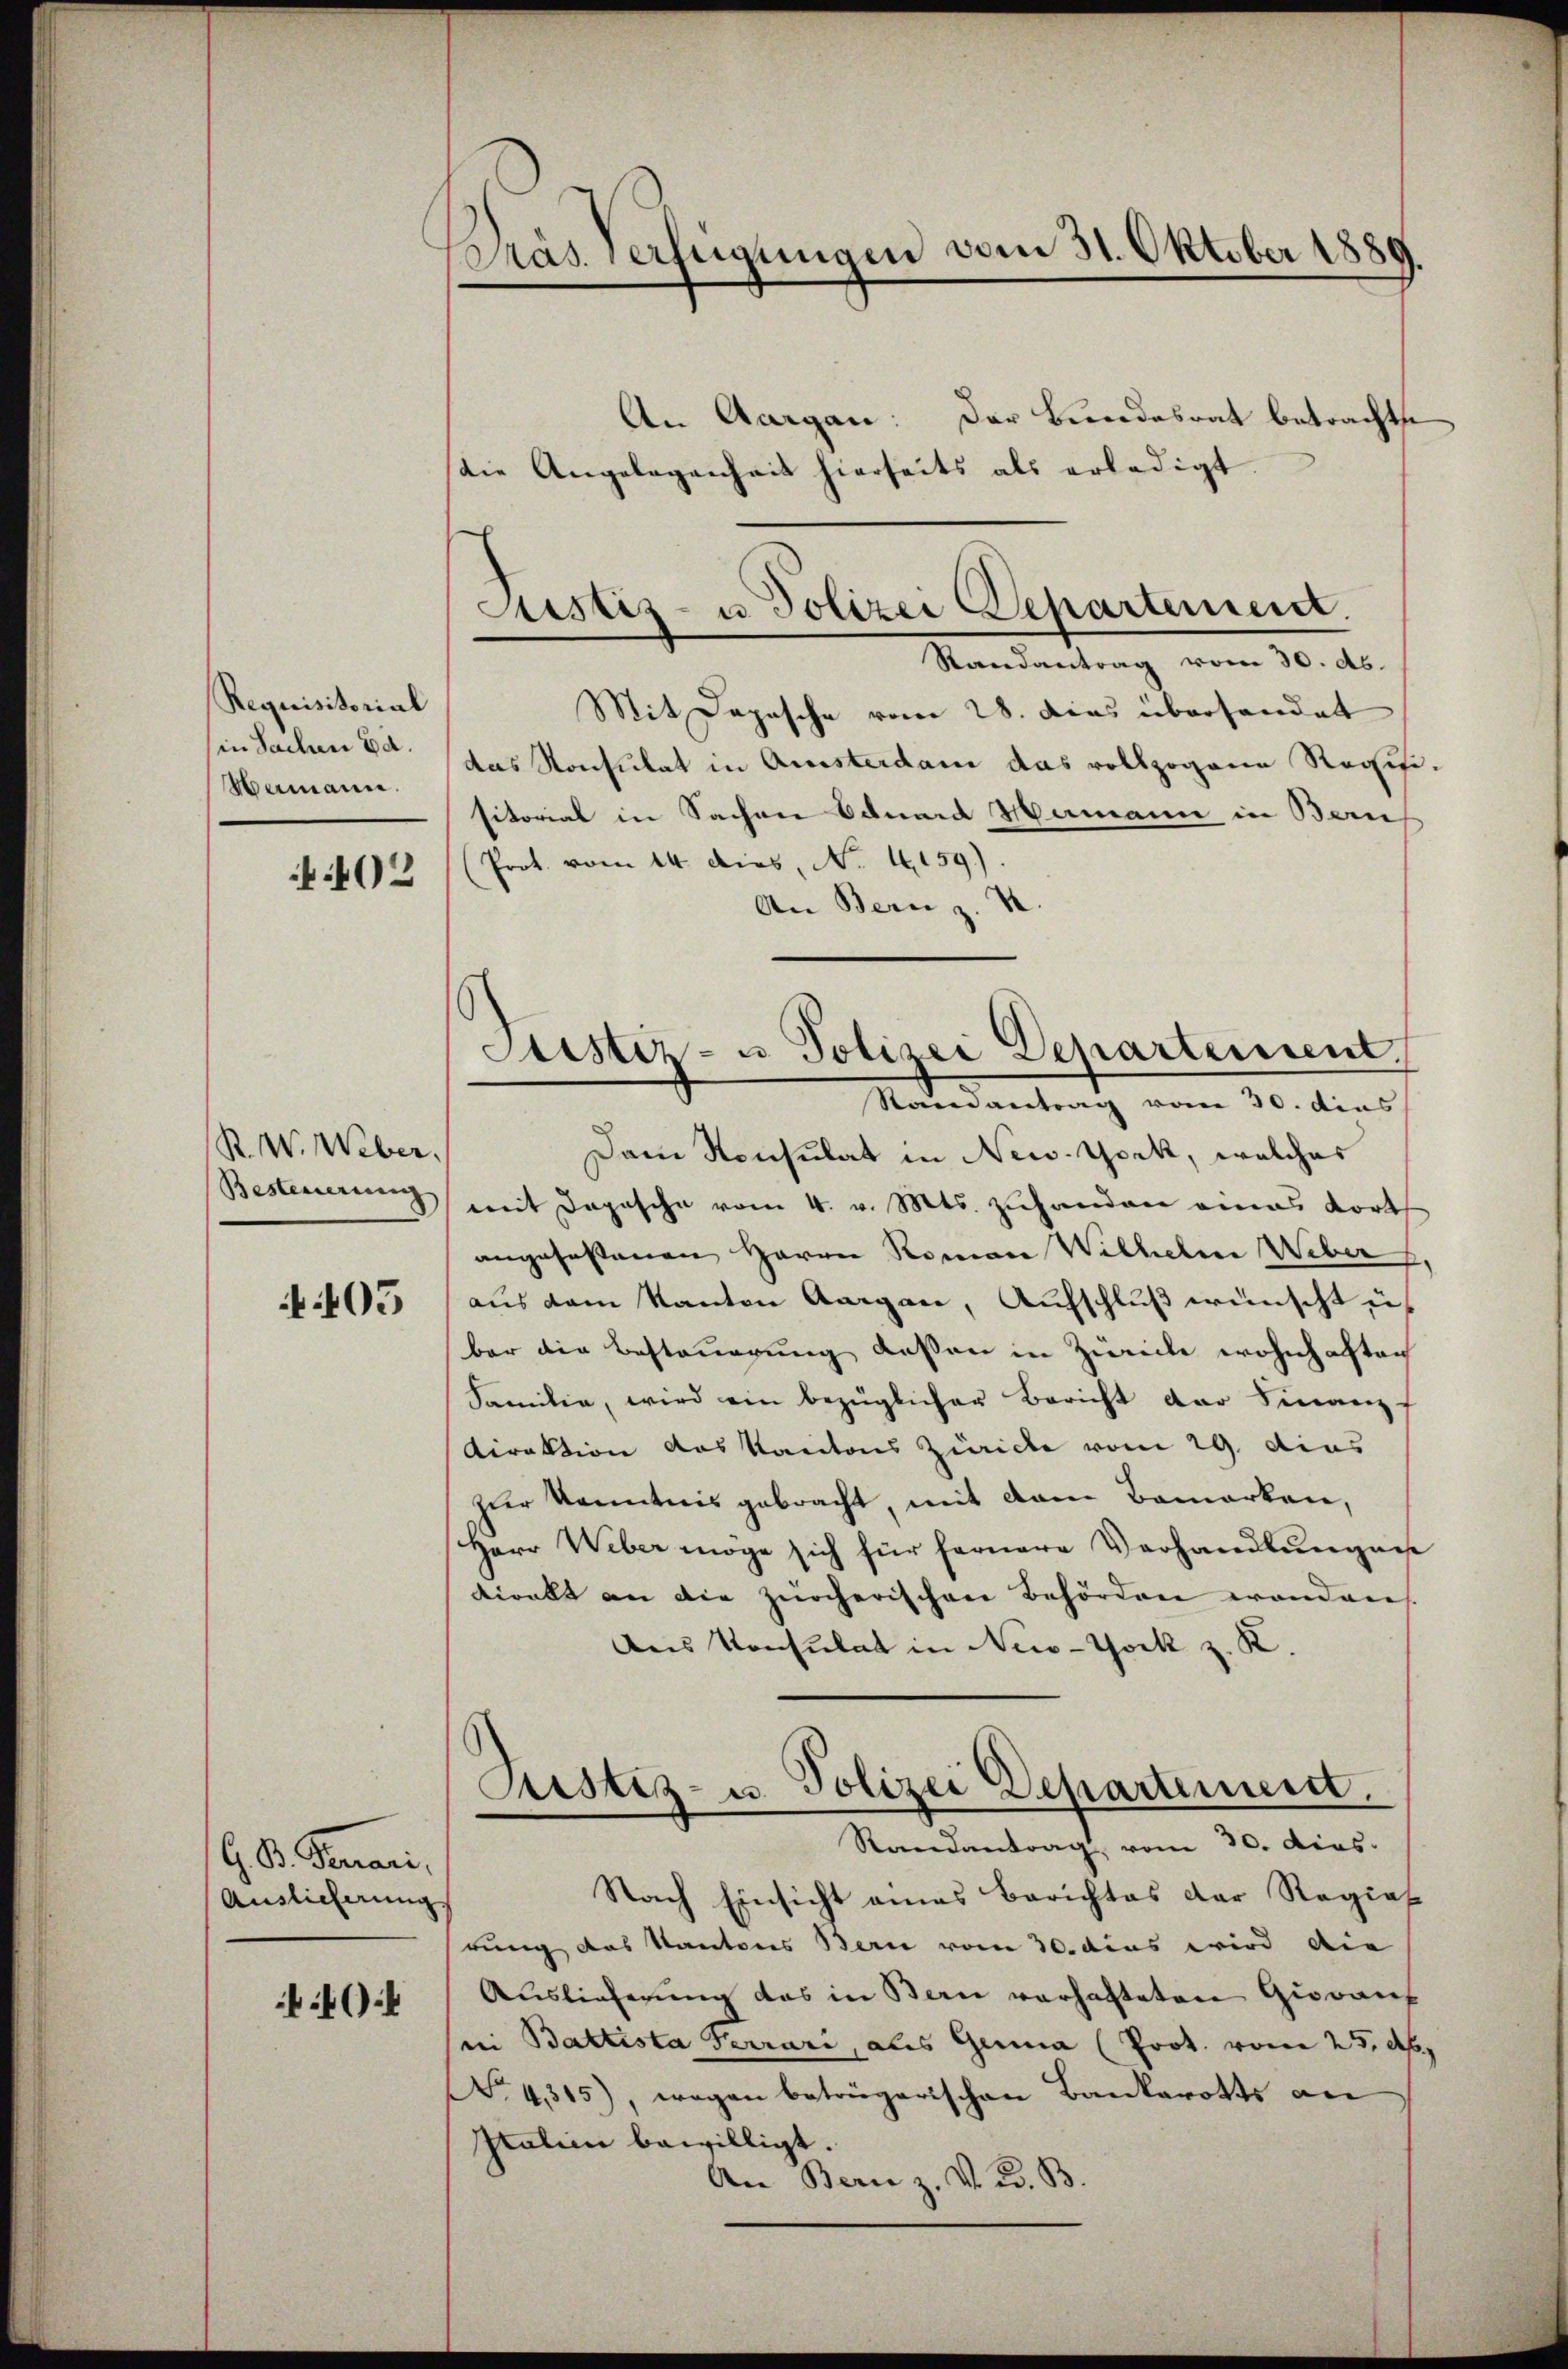
Requisitorial
in Sachen Ed.
Mamann.
402

R. W. Weber,
Besteuerung

N 605

G. B. Gemari,
Auslieferung

4

Pas verfügungen vom 31. Oktober 1889.

Mit Depesche vom 28. dies überhandet
das Konsulat in Amsterdam das vollzogene Revisisitorial in Sachen Eduard Mamann in Bern
(Prot. vom 14. dies, No. 4159).
An Bern z. B
Dam Konsulat in New-York, welches
mit Depesche vom 4. v. Mts. zuhanden eines dort
angefassenen Herrn Roman Wilhelm Weber
aus dem Kanton Aargau, Aufschluß wünscht u.
ber die Besteuerung dessen in Zürich wohnhaften
Familie, wird ein bezüglicher Bericht der Finanz
Direktion das Kantons Zürich vom 29. dies
zer Kenntnis gebracht, mit dem Bemerken,
Herr Weber möge sich für fernere Verhandlungen
tiralt an die zürcherischen Behörden wanden
Des Konsulat in New-York z. K.
Justiz- u. Polizei Departenweist.
Randantrag, vom 30. Dios.
Nach Einsicht eines Berichtes der Regiat
rung das Kantons Bern vom 30. Aus wird die
Auslieferung des in Bern verhafteten Giovans
ii Baltista Ferrari, als Genua (Prot. vom 25. d.
NNo. 4315), wegen beträgerischen Bankarotts die
Italien bewilligt.
An Bern z. v. 2. B.

An Aargau: Der Bundesrat betrachte
Die Angelegenheit hierseits als erledigt

Justiz- u. Polizei Departement.
Randantrag vom 30. ds.

Justiz- u. Polizei Departement.
Randantrag vom 30. dies